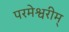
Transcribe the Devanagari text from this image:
परमेश्वरीम्